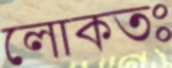
লোকতঃ